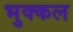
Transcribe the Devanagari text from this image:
भुक्कल